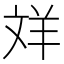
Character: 𦍢